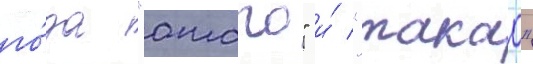
го́да "атаго" и́ "такао"